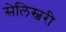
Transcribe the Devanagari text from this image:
सेलिस्बरी